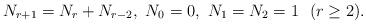
LaTeX: \begin{align*}N_{r+1}=N_{r}+N_{r-2},\ N_{0}=0,\ N_{1}=N_{2}=1\ \ (r\geq2).\end{align*}